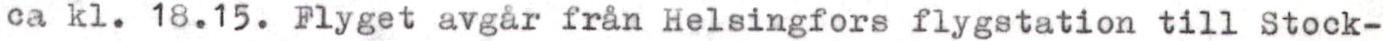
ca kl. 18.15. Flyget avgår från Helsingfors flygstation till Stock-